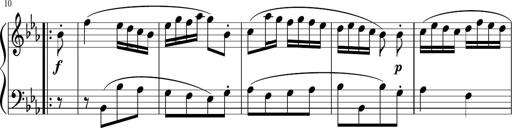
Title: 12 Keyboard Sonatinas
Composer: James Hook